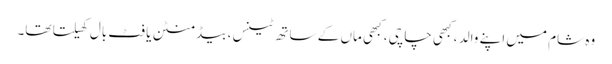
وہ شام میں اپنے والد ، کبھی چاچی ، کبھی ماں کے ساتھ ٹینس ، بیڈ منٹن یا فٹ بال کھیلتا تھا۔